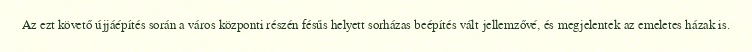
Az ezt követő újjáépítés során a város központi részén fésűs helyett sorházas beépítés vált jellemzővé, és megjelentek az emeletes házak is.